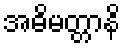
အဓိမတ္တာနိ